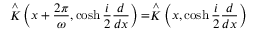
\stackrel { \wedge } { K } \left( x + \frac { 2 \pi } { \omega } , \cosh \frac { i } { 2 } \frac { d } { d x } \right) = \stackrel { \wedge } { K } \left( x , \cosh \frac { i } { 2 } \frac { d } { d x } \right)